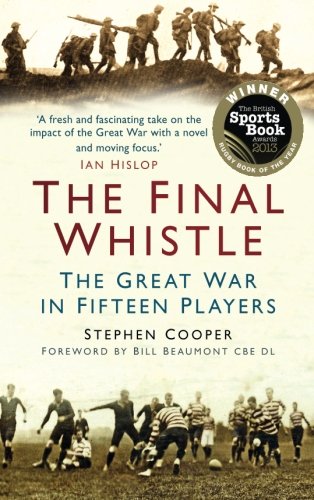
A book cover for The Final Whistle: The Great War in Fifteen Players; Stephen Cooper; Sports & Outdoors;